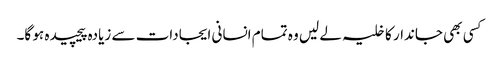
کسی بھی جاندار کا خلیہ لے لیں وہ تمام انسانی ایجادات سے زیادہ پیچیدہ ہو گا۔